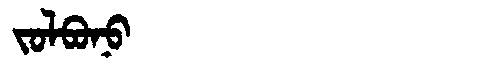
Manchu: ᠵᠣᠯᠪᠣᠨᠣ
Romanization: JOLBONO